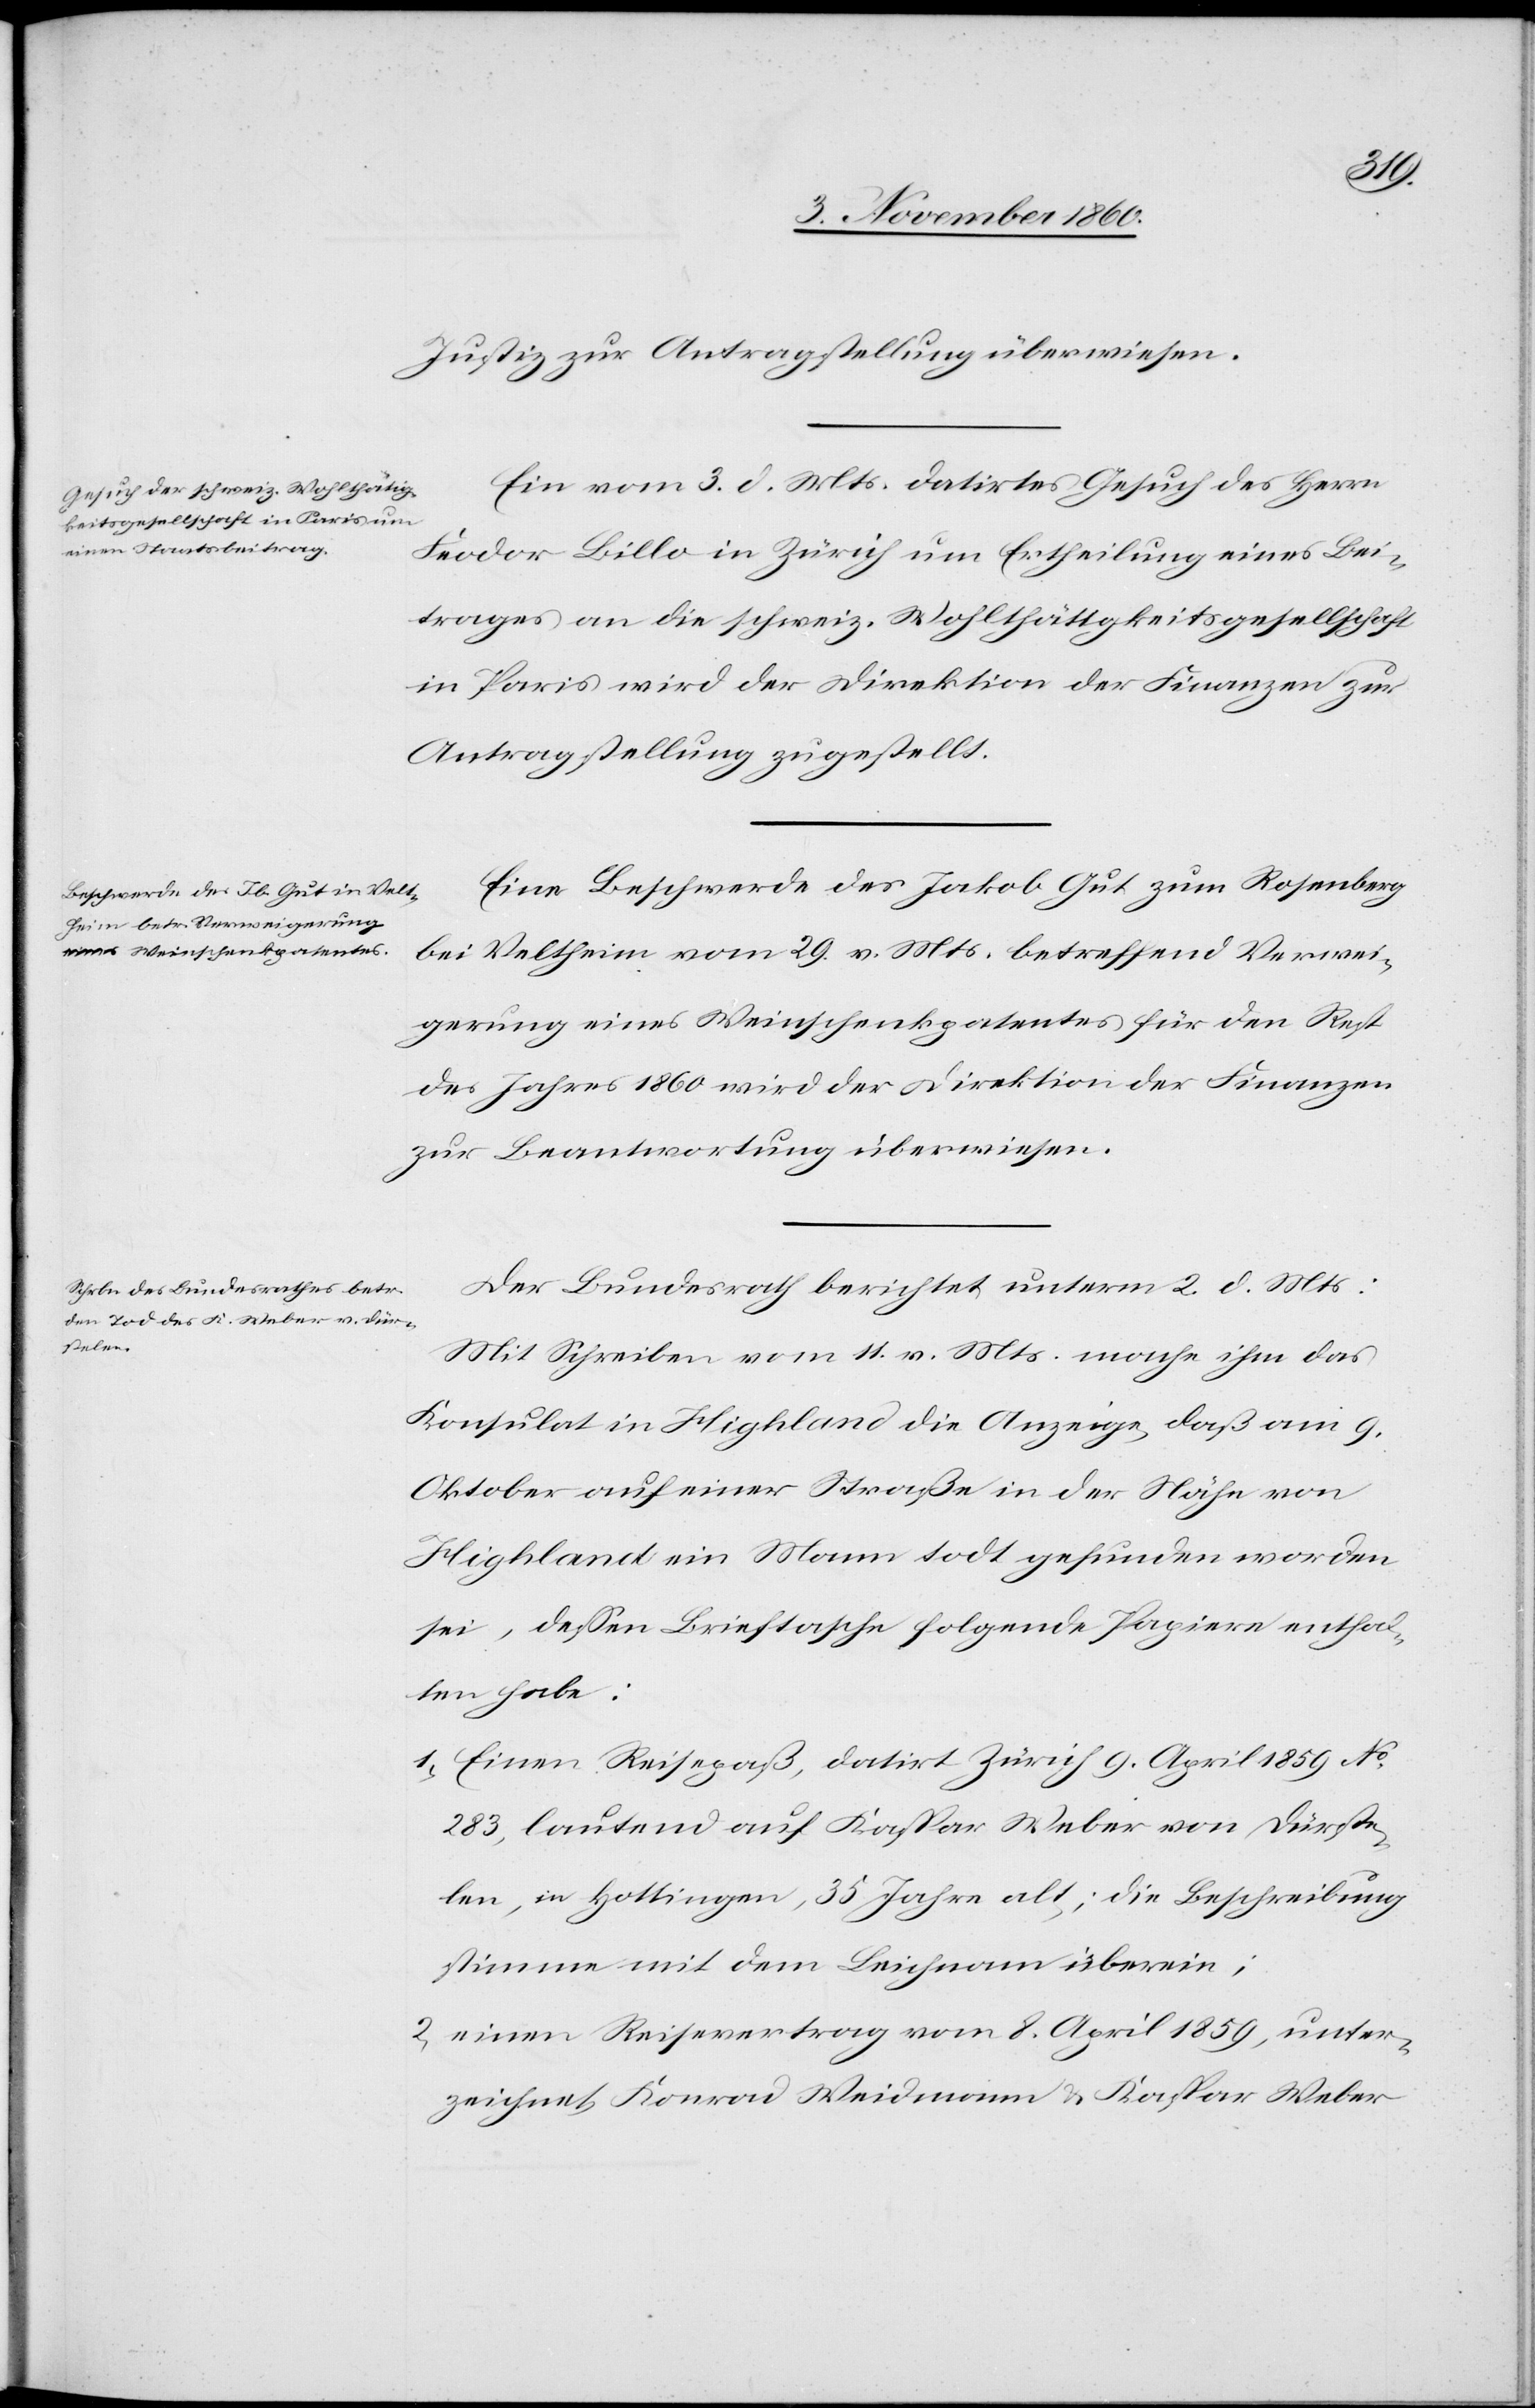
den
5. Novemb. 1860.]
Justiz zur Antragstellung überwiesen.
Ein vom 3. d. Mts. datirtes Gesuch des Herrn
Feodor Billo in Zürich um Ertheilung eines Bei¬
trages an die schweiz. Wohlthätigkeitsgesellschaft
in Paris wird der Direktion der Finanzen zur
Eine Beschwerde des Jakob Gut zum Rosenberg
bei Veltheim vom 29. v. Mts. betreffend Verwei¬
gerung eines Weinschenkpatentes für den Rest
des Jahrs 1860 wird der Direktion der Finanzen
zur Beantwortung überwiesen.
Der Bundesrath berichtet unterm 2. d. Mts.:
Mit Schreiben vom 11. v. Mts. mache ihm das
Konsulat in Highland die Anzeige, daß am 9.
Oktober auf einer Straße in der Nähe von
Highland ein Mann todt gefunden worden
sei, dessen Brieftasche folgende Papiere enthal¬
ten habe:
1. Einen Reisepaß, datirt Zürich 9. April 1859 No
283, lautend auf Kaspar Weber von Dürste¬
len, in Hottingen, 35 Jahre alt; die Beschreibung
stimme mit dem Leichnam überein.
2. einen Reisevertrag vom 8. April 1859, uner¬
zeichnet Konrad Weidmann u. Kaspar Weber